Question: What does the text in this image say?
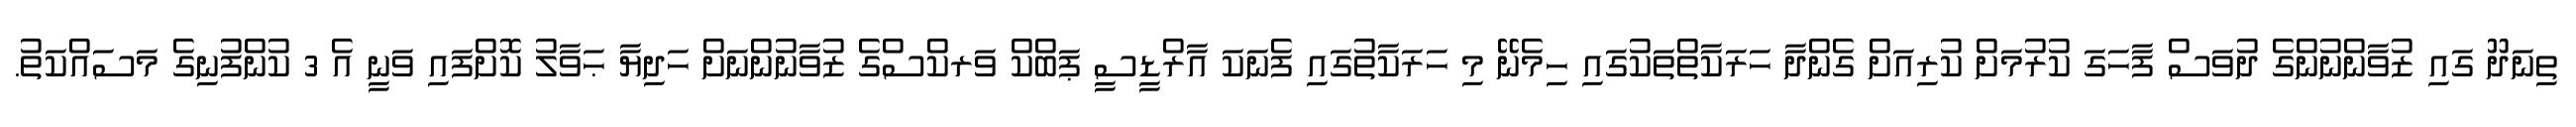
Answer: ތިނަދޫ ގައި ޒުވާންނުންގެ ދުވަސް ފާހަގަ ކުރުމަށް ކުރިއަށް ގެންދާ ހަރަކާތްތަކުގައި ހިމެނޭ މި ހަރަކާތުގައި ފެނަކަ އާރްޑީސީ ޕަބްކް ވަރކްސްގެ ޒުވާނުންނަށް ހަދިޔާ ޙަވާލު ކޮށްފައި ވަނީ އެ 3 ކުންފުނިގެ މަސައްކަތު.